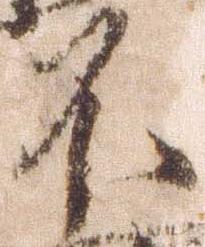
不